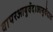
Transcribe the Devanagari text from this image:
वापरआयुर्वेद।आयुर्वेदात